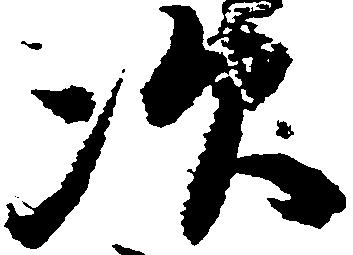
次